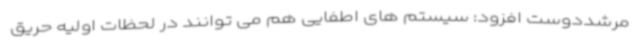
مرشددوست افزود: سیستم های اطفایی هم می توانند در لحظات اولیه حریق